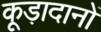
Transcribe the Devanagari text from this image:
कूड़ादानों